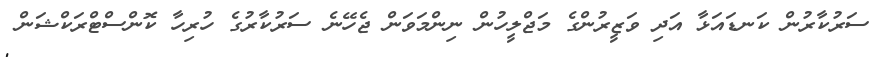
ސަރުކާރުން ކަނޑައަޅާ އަދި ވަޒީރުންގެ މަޖްލީހުން ނިންމަވަން ޖެހޭނެ ސަރުކާރުގެ ހުރިހާ ކޮންސްޓްރަކްޝަން